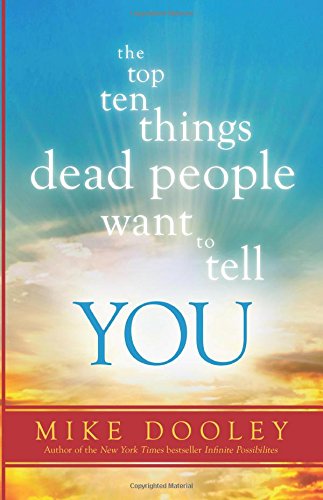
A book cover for The Top Ten Things Dead People Want to Tell YOU; Mike Dooley; Self-Help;